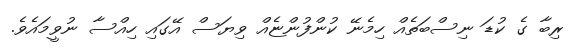
ރިބާ ގެ ކުޑަ ނިސްބަތެއް ހިމެނޭ ކުންފުންޏެއް ވިޔަސް އޭގައި ހިއްސާ ނުވީމައެވެ.